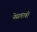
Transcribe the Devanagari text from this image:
नेसवावी